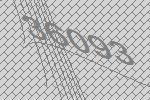
36093